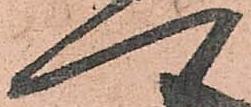
へ